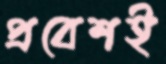
প্রবেশই